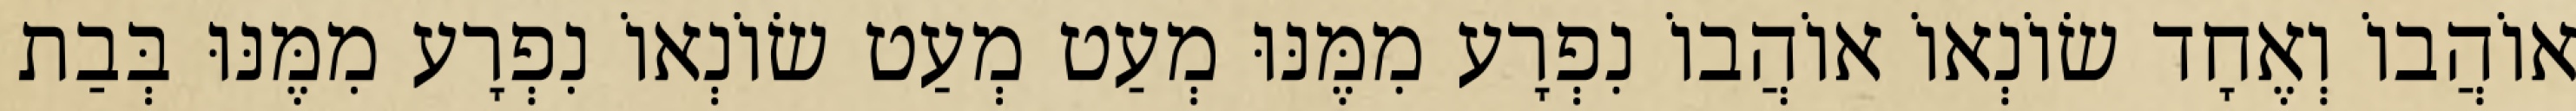
אוֹהֲבוֹ וְאֶחָד שׂוֹנְאוֹ אוֹהֲבוֹ נִפְרָע מִמֶּנּוּ מְעַט מְעַט שׂוֹנְאוֹ נִפְרָע מִמֶּנּוּ בְּבַת